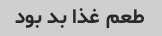
طعم غذا بد بود